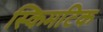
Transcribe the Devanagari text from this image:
स्किमटिक